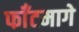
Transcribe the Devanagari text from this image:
फाँटमागे